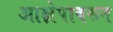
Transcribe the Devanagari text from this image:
आक्षेपावरून